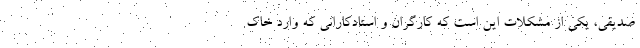
صدیقی، یکی از مشکلات این است که کارگران و استادکارانی که وارد خاک